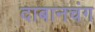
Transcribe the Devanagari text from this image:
दाबानचंग